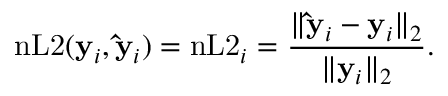
\mathrm { n L 2 } ( \mathbf { y } _ { i } , \mathbf { \hat { y } } _ { i } ) = \mathrm { n L 2 } _ { i } = \frac { \| \mathbf { \hat { y } } _ { i } - \mathbf { y } _ { i } \| _ { 2 } } { \| \mathbf { y } _ { i } \| _ { 2 } } .